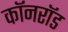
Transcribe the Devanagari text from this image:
कॉनरॉड